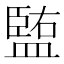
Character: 𥂠